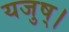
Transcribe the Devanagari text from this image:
यजुष्।